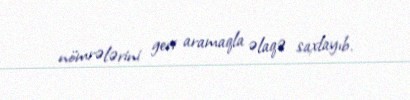
nömrələrini geri aramaqla əlaqə saxlayıb.